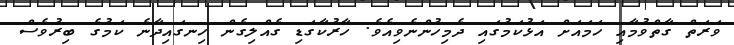
ވަރަތް ގާތްވުމާއި ހަމައަށް އަޅުކަމުގައި ދެމިހުންނެވިއެވެ. ހާރުކާގަޑި ގެއްލިގެން ހިނގައިދާނެ ކަމުގެ ބިރުވެސް